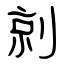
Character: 剠